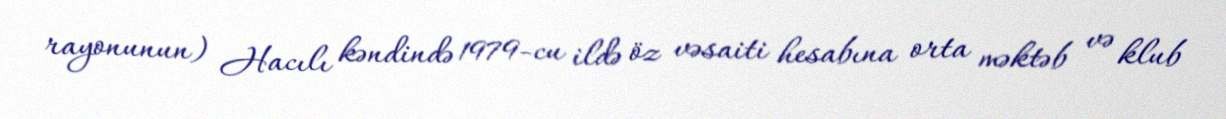
rayonunun) Hacılı kəndində 1979-cu ildə öz vəsaiti hesabına orta məktəb və klub